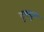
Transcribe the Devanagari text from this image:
टूमटूम